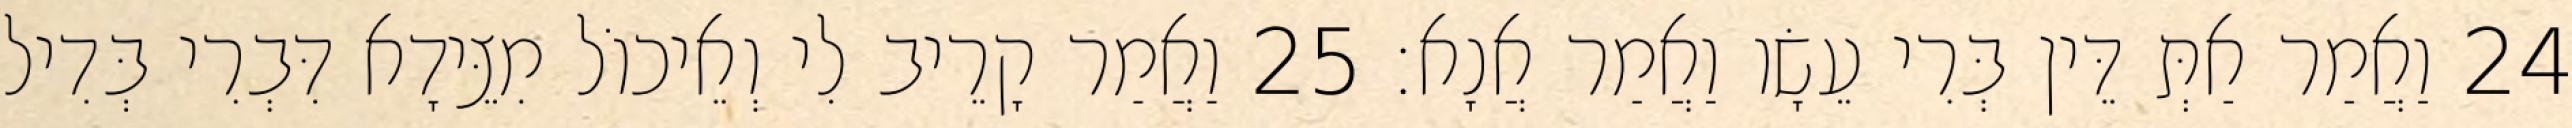
24 וַאֲמַר אַתְּ דֵּין בְּרִי עֵשָׂו וַאֲמַר אֲנָא׃ 25 וַאֲמַר קָרֵיב לִי וְאֵיכוֹל מִצֵּידָא דִּבְרִי בְּדִיל